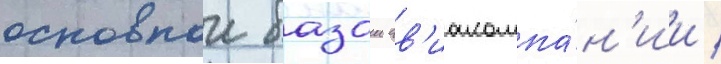
основнои базои ав'иакомпа́н'ии /